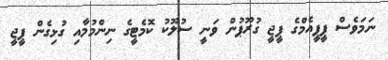
ނަމަވެސް ޕީޕީއެމްގެ ޕީޖީ ގުރޫޕުން ވަނީ ސުލޫކު ކޮމެޓީގެ ނިންމުމާއި ގުޅިގެން ޕީޖީ